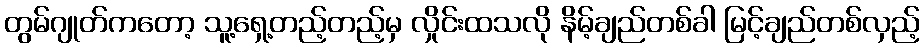
တွမ်ဂျုတ်ကတော့ သူ့ရှေ့တည့်တည့်မှ လှိုင်းထသလို နိမ့်ချည်တစ်ခါ မြင့်ချည်တစ်လှည့်